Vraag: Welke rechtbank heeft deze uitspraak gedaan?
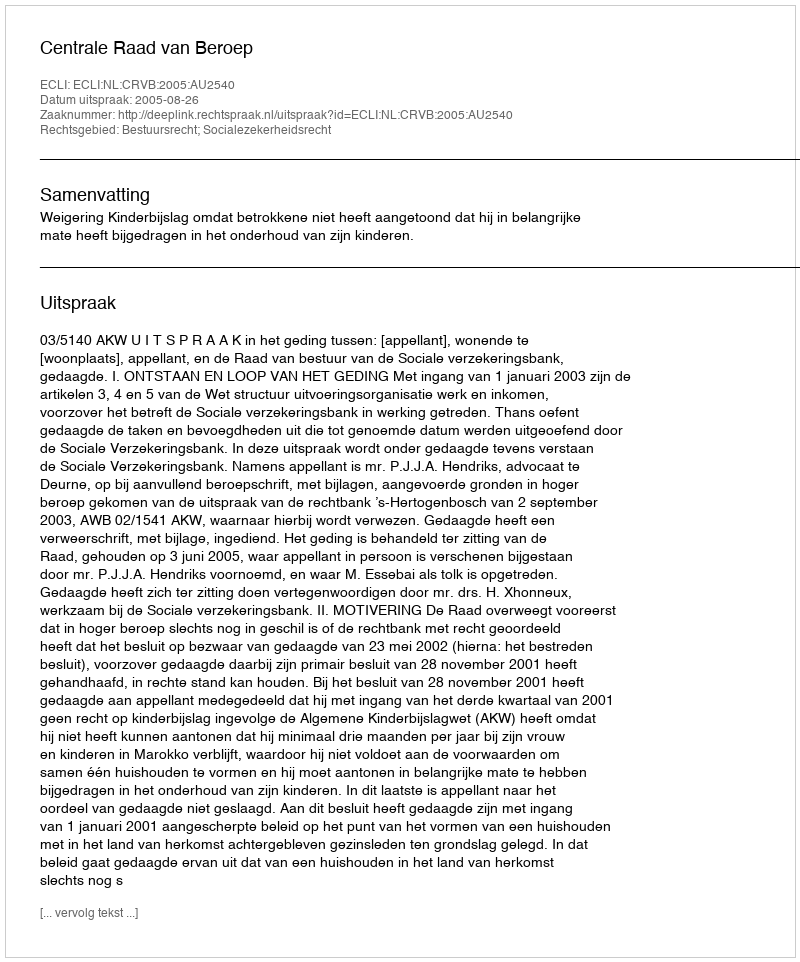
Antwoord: Centrale Raad van Beroep